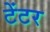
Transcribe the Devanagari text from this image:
टेंटर